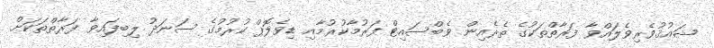
ޝައުޤުވެރިވެލައްވާ ފަރާތްތަކުގެ ތެރެއިން ވެބްސައިޓް ފަރުމާކުރުމާއި ޑިވެލޮޕް ކުރުމުގެ ސަނަދު ލިބިފައިވާ ފަރާތްތަކަށް